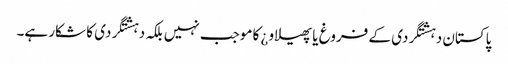
پاکستان دہشتگردی کے فروغ یا پھیلاو¿ کا موجب نہیں بلکہ دہشتگردی کا شکار ہے۔